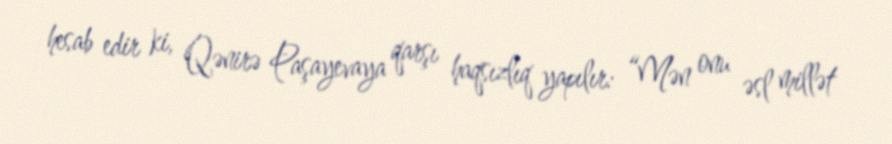
hesab edir ki, Qənirə Paşayevaya qarşı haqsızlıq yapılır: “Mən onu əsl millət